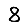
Digit: 8